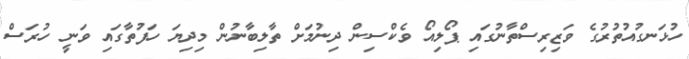
ހުޅަނގުއުތުރުގެ ވަޒިރިސްތާނުގައި ޕޯލިއޯ ވެކްސިން ދިނުމަށް ތާލިބާނުން މިދިޔަ ހަފުތާގައި ވަނީ ހުރަސް